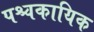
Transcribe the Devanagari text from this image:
पश्चकायिक